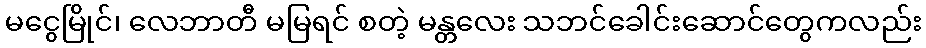
မငွေမြိုင်၊ လေဘာတီ မမြရင် စတဲ့ မန္တလေး သဘင်ခေါင်းဆောင်တွေကလည်း